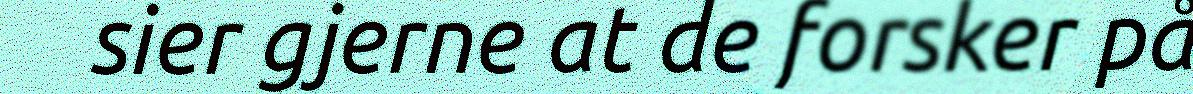
sier gjerne at de forsker på